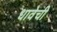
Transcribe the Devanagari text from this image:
धावेची